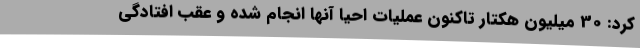
کرد: 30 میلیون هکتار تاکنون عملیات احیا آنها انجام شده و عقب افتادگی